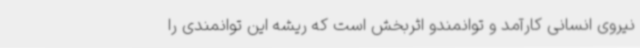
نیروی انسانی کارآمد و توانمندو اثربخش است که ریشه این توانمندی را